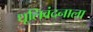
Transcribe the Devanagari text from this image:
धूलिवंदनाला